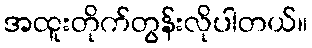
အထူးတိုက်တွန်းလိုပါတယ်။